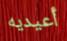
أعيديه